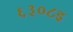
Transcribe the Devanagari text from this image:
६३०८इ